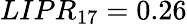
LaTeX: LIPR_{17}=0.26